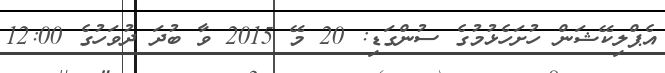
އެޕްލިކޭޝަން ހުށަހެޅުމުގެ ސުންގަޑި: 20 މޭ 2015 ވާ ބުދަ ދުވަހުގެ 12:00